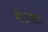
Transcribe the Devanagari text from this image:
कांउसलर